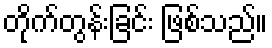
တိုက်တွန်းခြင်း ဖြစ်သည်။